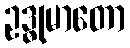
ဥဒ္ဓုမာတော